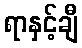
ရာနှင့်ချီ